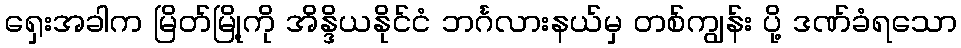
ရှေးအခါက မြိတ်မြို့ကို အိန္ဒိယနိုင်ငံ ဘင်္ဂလားနယ်မှ တစ်ကျွန်း ပို့ ဒဏ်ခံရသော